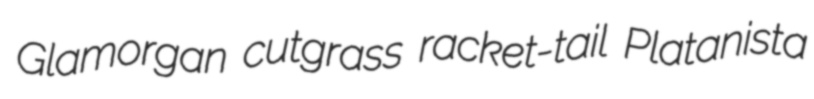
Glamorgan cutgrass racket-tail Platanista